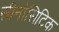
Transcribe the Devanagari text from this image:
सीनोसिटिक